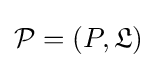
{\mathcal {P}}=(P,{\mathfrak {L}})